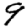
Digit: 9